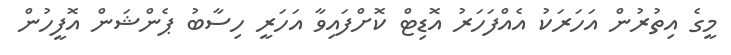
މީގެ އިތުރުން އަހަރަކު އެއްފަހަރު އޮޑިޓް ކޮށްފައިވާ އަހަރީ ހިސާބު ޕެންޝަން އޮފީހުން